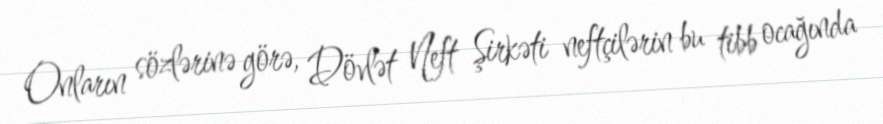
Onların sözlərinə görə, Dövlət Neft Şirkəti neftçilərin bu tibb ocağında